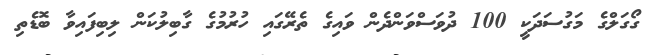
ގޯގަލްގެ މަގުސަދަކީ 100 ދުވަސްވަންދެން ވައިގެ ތެރޭގައި ހުރުމުގެ ގާބިލުކަން ލިބިފައިވާ ބޮޑެތި